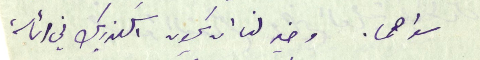
سواهما. وخير لنا ان يكون اسكندر بك في رئاسة